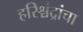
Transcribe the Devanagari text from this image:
हरिश्चंद्रांचा